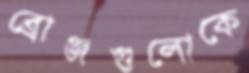
ব্রোঞ্জগুলোকে